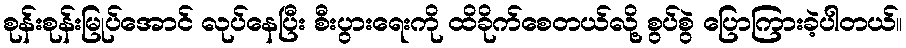
စုန်းစုန်းမြုပ်အောင် လုပ်နေပြီး စီးပွားရေးကို ထိခိုက်စေတယ်လို့ စွပ်စွဲ ပြောကြားခဲ့ပါတယ်။